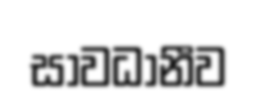
සාවධානීව